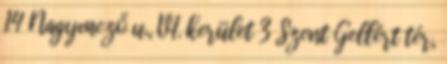
14 Nagymező u., VI. kerület 3 Szent Gellért tér,